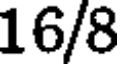
16/8